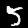
Digit: 5